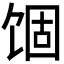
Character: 𬲾